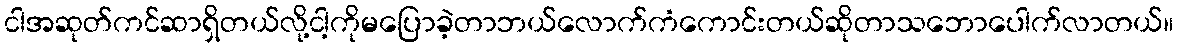
ငါအဆုတ်ကင်ဆာရှိတယ်လို့ငါ့ကိုမပြောခဲ့တာဘယ်လောက်ကံကောင်းတယ်ဆိုတာသဘောပေါက်လာတယ်။